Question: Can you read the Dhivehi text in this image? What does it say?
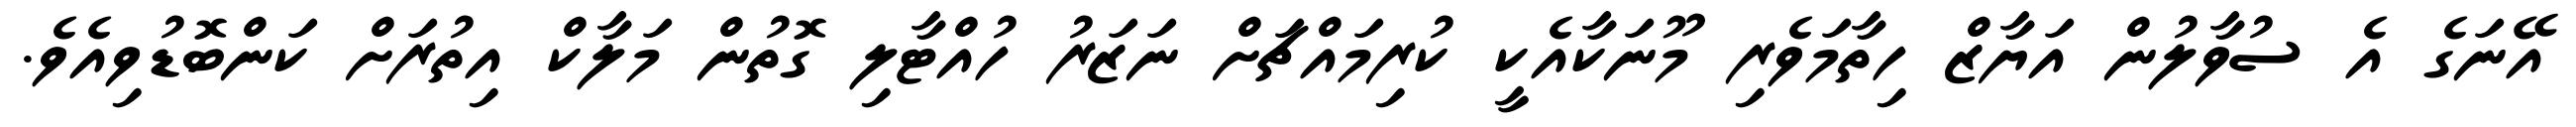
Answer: އޭނަގެ އެ ސުވާލުން އަޔާޒް ހިތާމަވެރި މޫނަކާއެކީ ކުރިމައްޗަށް ނަޒަރު ހުއްޓާލި ގޮތުން މަލާކް އިތުރަށް ކަންބޮޑުވިއެވެ.